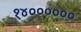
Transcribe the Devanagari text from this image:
१४००००००